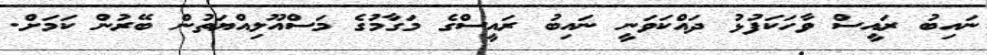
ނައިބު ރައީސް ވާހަކަފުޅު ދައްކަވަނީ ނައިބު ރައީސްގެ މަގާމުގެ މަސްއޫލިއްޔަތުން ބޭރުން ކަމަށް.